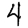
Digit: 4